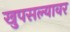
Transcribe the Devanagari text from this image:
खुपसल्यावर